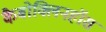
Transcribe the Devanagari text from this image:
कैबोक्लिनहॉस